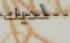
لديك